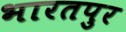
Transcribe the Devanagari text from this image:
भारतपुर